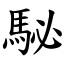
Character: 駜